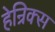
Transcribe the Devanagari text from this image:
हेन्रिक्स